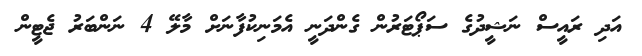
އަދި ރައީސް ނަޝީދުގެ ސަޕޯޓަރުން ގެންދަނީ އެމަނިކުފާނަށް މާލޭ 4 ނަންބަރު ޖެޓީން